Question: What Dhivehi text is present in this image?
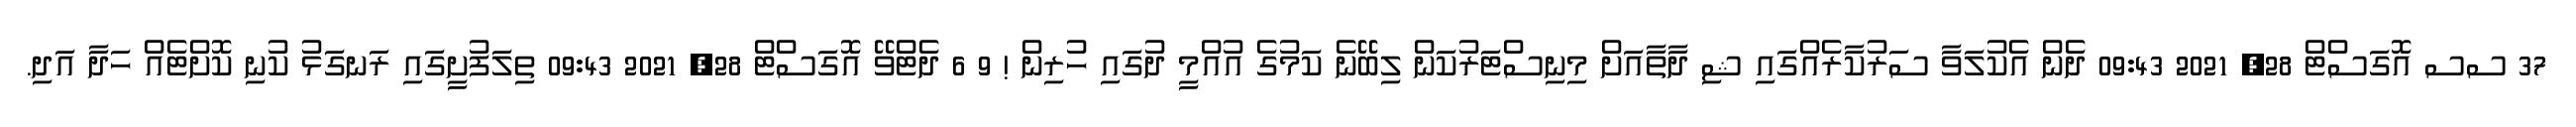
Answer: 37 ސސ އޮގަސްޓް 28, 2021 09:43 ދެން އެކުލަވާ ސަރުކާރެއްގައި ޝި ދާތާއަށް މިނިސްޓަރުކަން ލިބޭނެ ކަމުގެ އުއްމީ ދުގައި ހުރިން ! 9 6 ދެޓްވޭ އޮގަސްޓް 28, 2021 09:43 ތިލަފުށީގައި ރަނގަޅު ކުނި ކޮށްޓެއް ހަދާ އަދި.